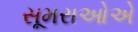
સૂમરાઓએ